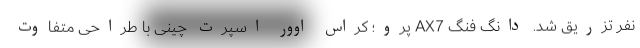
نفر تزریق شد. دانگ فنگ AX7 پرو؛ کراس اوور اسپرت چینی با طراحی متفاوت